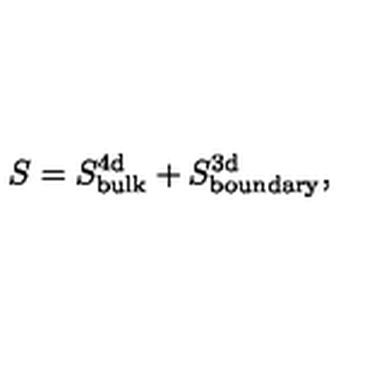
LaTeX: S = S _ { \mathrm { b u l k } } ^ { \mathrm { 4 d } } + S _ { \mathrm { b o u n d a r y } } ^ { \mathrm { 3 d } } ,